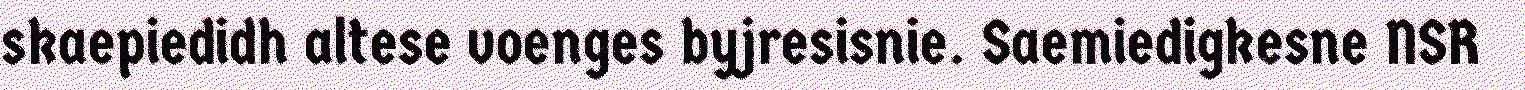
skaepiedidh altese voenges byjresisnie. Saemiedigkesne NSR